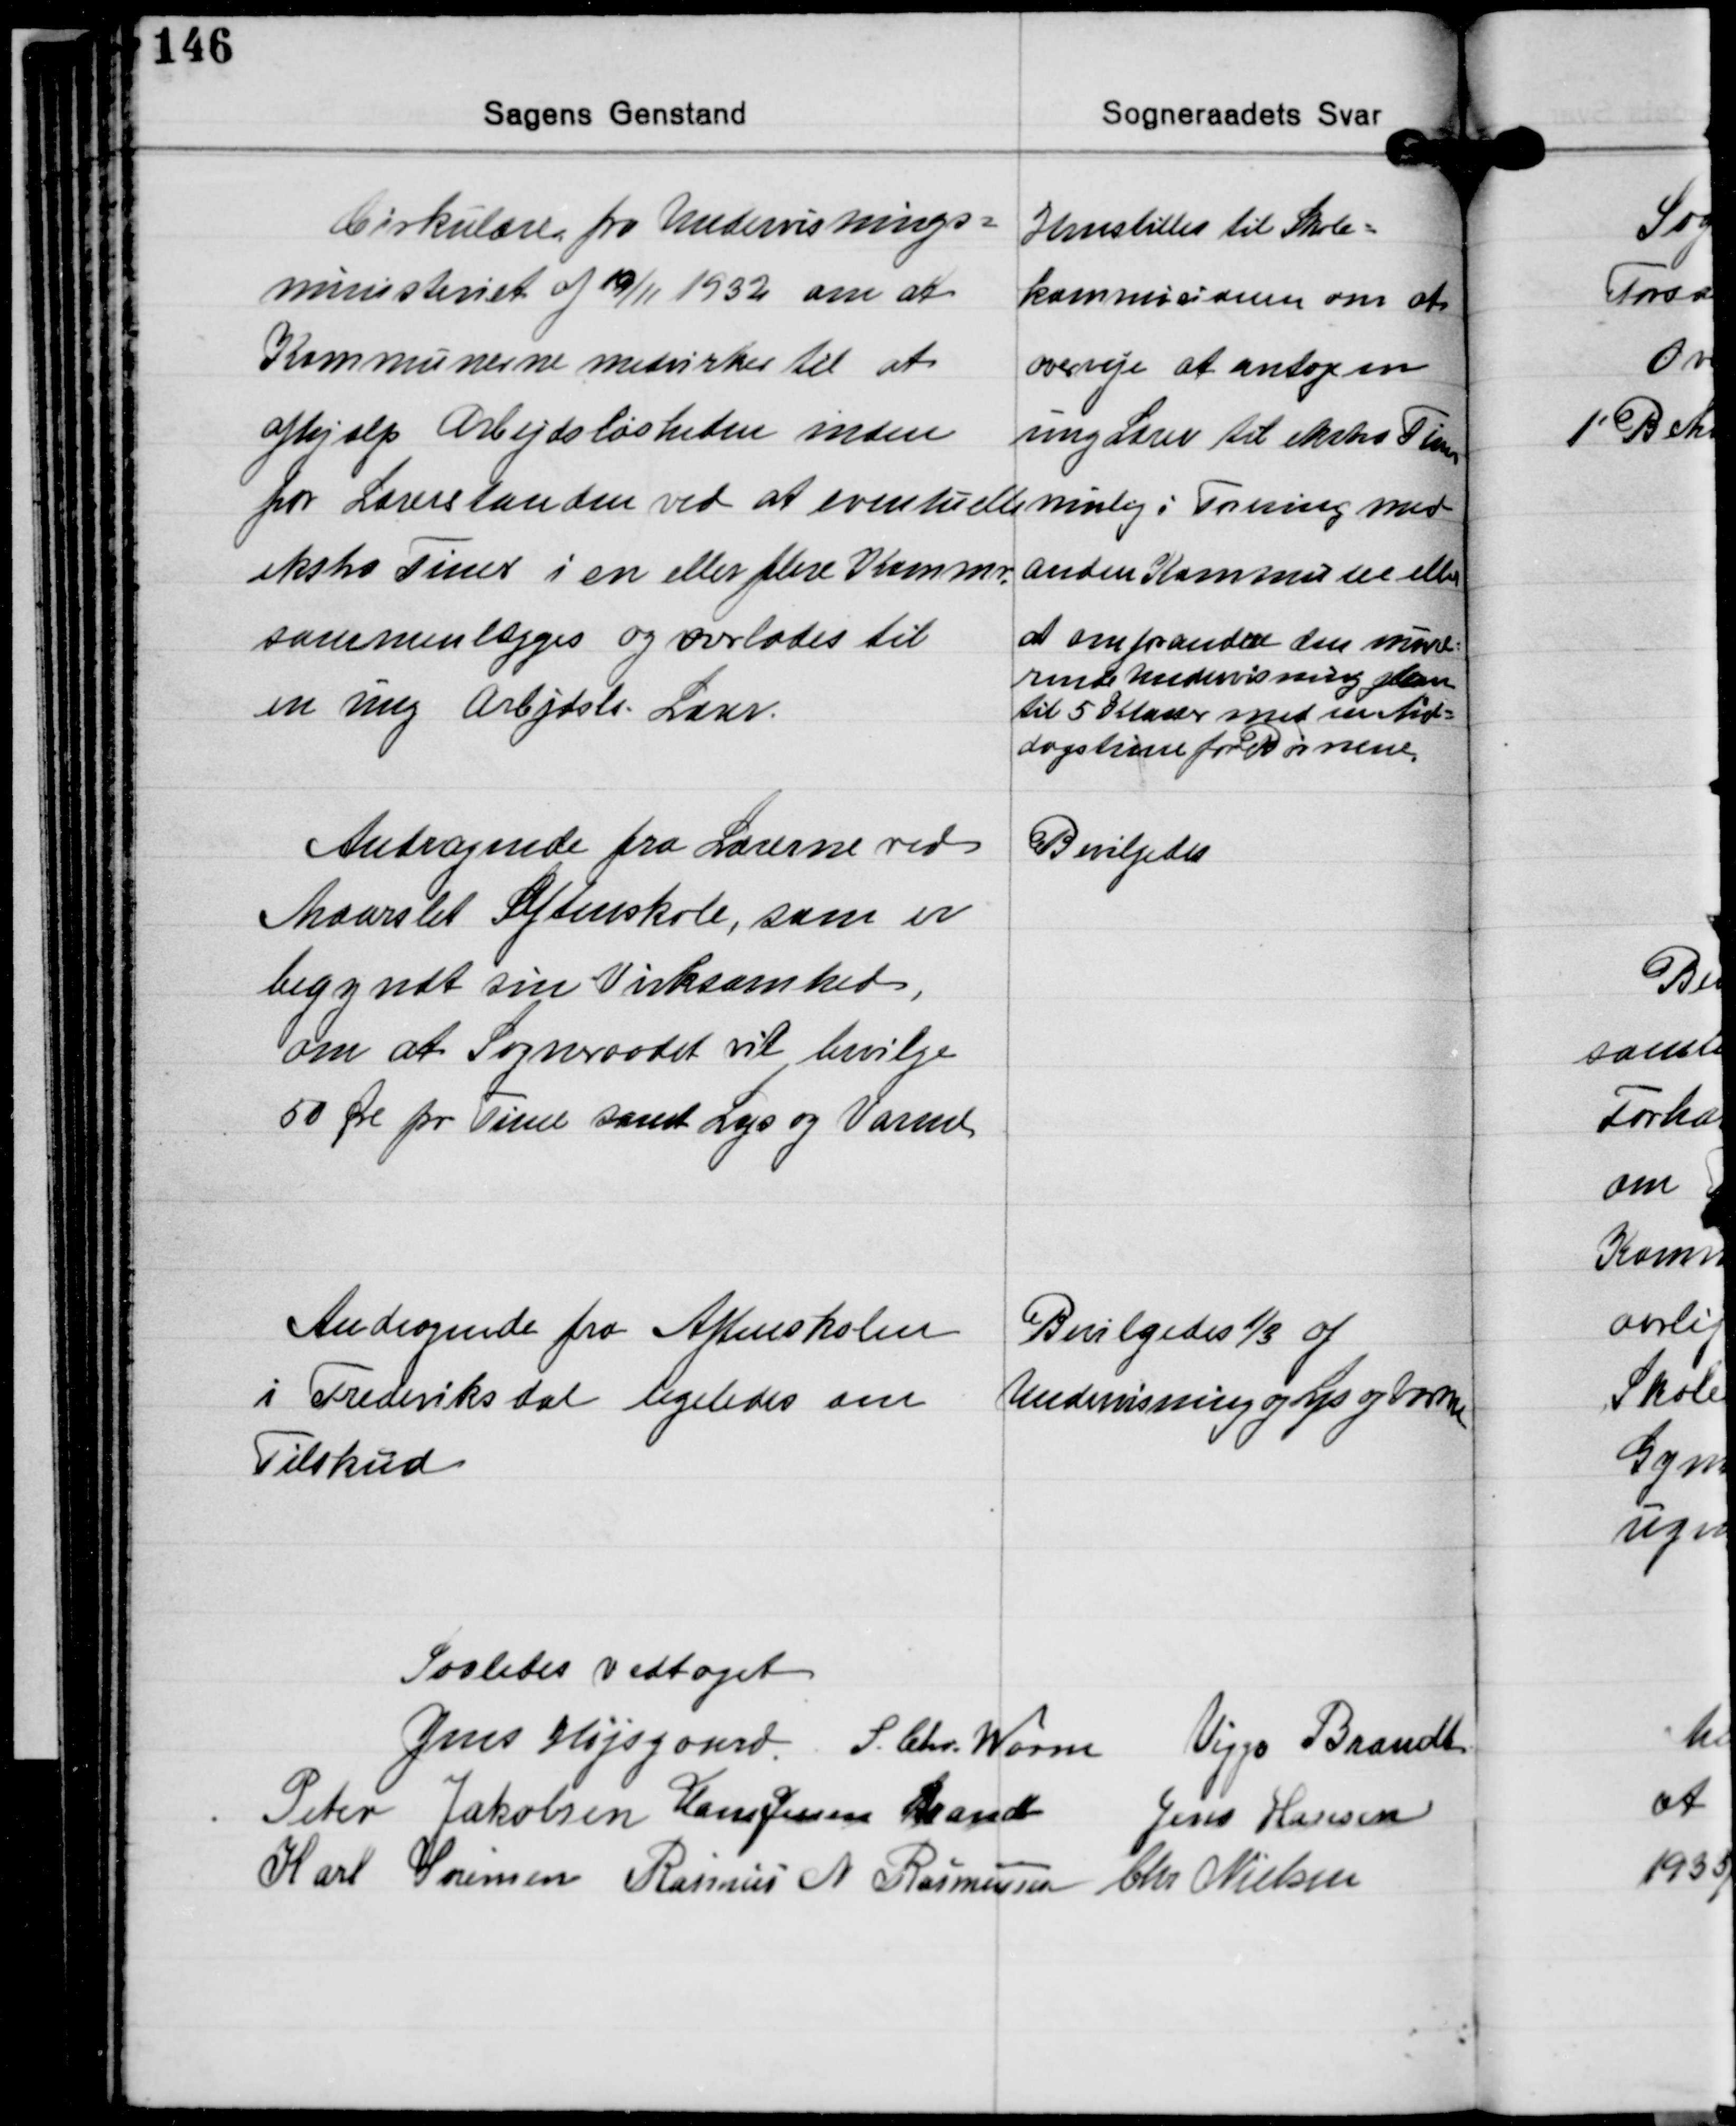
Transskription:
Cirkulære fra Undervisnings-
ministeriet af 19/11 1932 om at
Kommunerne medvirker til at
afhjælpe Arbejdsløsheden inden

Henstiller til Skole-
kommisionen om at
overveje at antage en
ung Lærer til ekstra Timer

for Lærerstanden ved at eventuelle
ekstra Timer i en eller flere Kommuner
sammenlægges og overlades til
en ung Arbejdsløs Lærer.

mulig i Forening med
anden Kommune eller
at omforandre den nuvæ-
rende Undervisningsplan
til 5 Klasser med en Mid-
dagstime for Børnene.

Andragende fra Lærerne ved
Maarslet Efterskole, som er
begyndt sin Virksomhed,
om at Sogneraadet vil bevilge
50 Øre pr. Time samt Lys og Varme

Bevilgedes

Andragende fra Aftenskolen
i Frederiksdal ligeledes om
Tilskud

Bevilgedes 1/3 af
Undervisning og Lys og Varme

Saaledes vedtaget
Jens Højsgaard S. Chr. Worm Viggo Brandt
Peter Jakobsen Hans Jessen Brandt Jens Hansen
Karl Sørensen Rasmus N. Rasmussen Chr. Nielsen